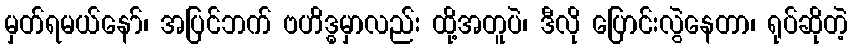
မှတ်ရမယ်နော်၊ အပြင်ဘက် ဗဟိဒ္ဓမှာလည်း ထို့အတူပဲ၊ ဒီလို ပြောင်းလွဲနေတာ၊ ရုပ်ဆိုတဲ့